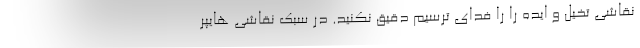
نقاشی تخیل و ایده را را فدای ترسیم دقیق نکنید. در سبک نقاشی هایپر